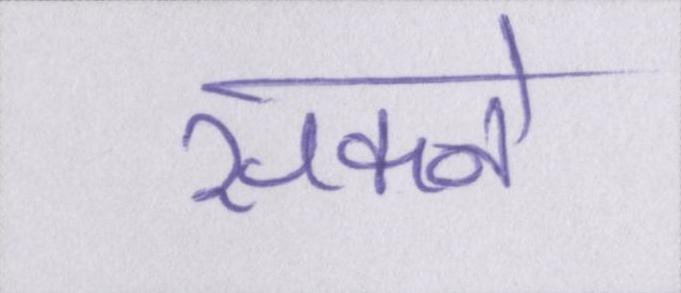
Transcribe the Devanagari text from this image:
सकने